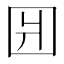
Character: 𰉎